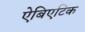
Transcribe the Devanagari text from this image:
ऐबिएटिक